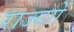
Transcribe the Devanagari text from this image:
राज्याों